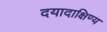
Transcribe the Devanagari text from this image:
दयादाक्षिण्य